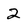
Character: 2